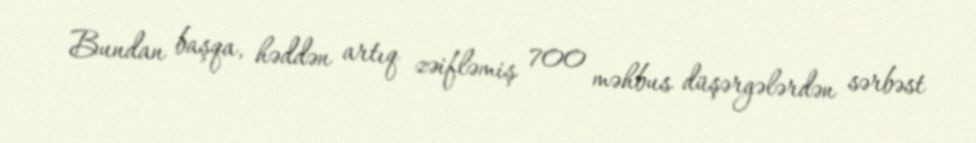
Bundan başqa, həddən artıq zəifləmiş 700 məhbus düşərgələrdən sərbəst